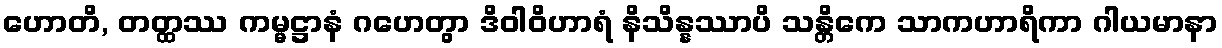
ဟောတိ, တတ္ထဿ ကမ္မဋ္ဌာနံ ဂဟေတွာ ဒိဝါဝိဟာရံ နိသိန္နဿာပိ သန္တိကေ သာကဟာရိကာ ဂါယမာနာ